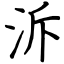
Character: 泝